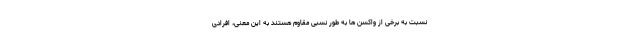
نسبت به برخی از واکسن ها به طور نسبی مقاوم هستند به این معنی، افرادی